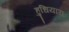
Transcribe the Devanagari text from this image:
हुधियारा